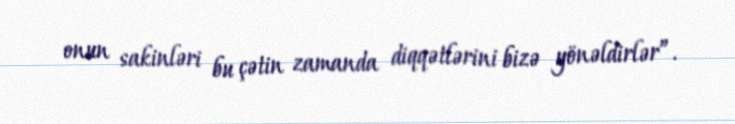
onun sakinləri bu çətin zamanda diqqətlərini bizə yönəldirlər”.